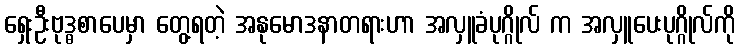
ရှေးဦးဗုဒ္ဓစာပေမှာ တွေ့ရတဲ့ အနုမောဒနာတရားဟာ အလှူခံပုဂ္ဂိုလ် က အလှူပေးပုဂ္ဂိုလ်ကို